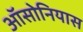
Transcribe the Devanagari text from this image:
ऑसोनियास